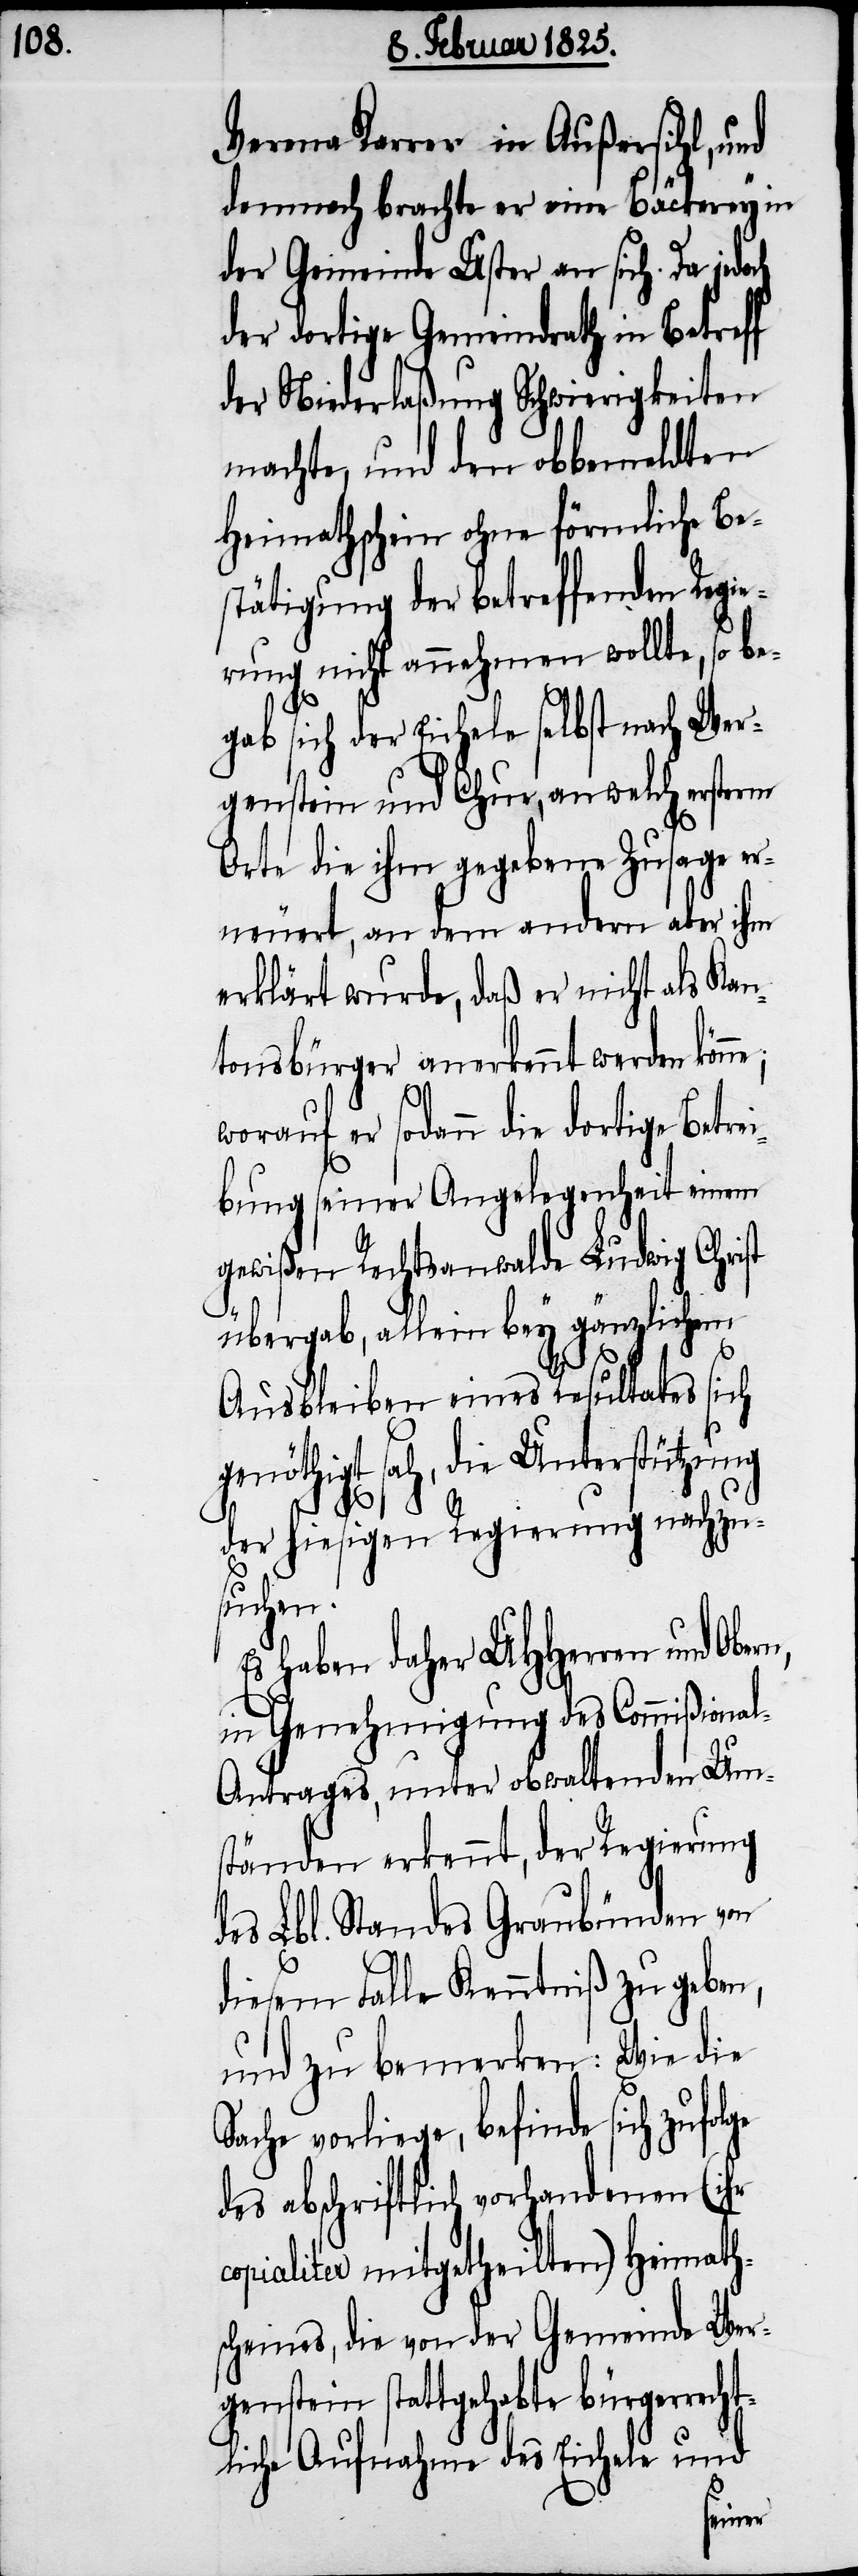
Verena Karrer in Außersihl, und
demnach brachte er eine Bäckerey in
der Gemeinde Uster an sich. Da jedo¬
der dortige Gemeindrath in Betreff
der Niederlaßung Schwierigkeiten
machte, und den obbemeldten
Heimathschein ohne förmliche Be¬
stätigung der betreffenden Regie¬
rung nicht annehmen wollte, so be¬
gab sich der Eichele selbst nach Wer¬
genstein und Chur, an welch ersterm
Orte die ihm gegebene Zusage er¬
neuert, an dem andern aber ihm
erklärt wurde, daß er nicht als Kan¬
tonsbürger anerkennt werden könne;
worauf er sodann die dortige Betrei¬
bung seiner Angelegenheit einem
gewißen Rechtsanwalde Ludwig Christ
übergab, allein bey gänzlichem
Ausbleiben eines Resultates sich
genöthigt sah, die Unterstützung
ch
der hiesigen Regierung nachzus¬
uchen.
haben daher UHHerren und
in Genehmigung des Commißiona¬
l-Antrages, unter obwaltenden Um¬
ständen erkennt, der Regierung
des Lbl. Standes Graubünden von
diesem Falle Kenntniß zu geben,
und zu bemerken: Wie die
Sache vorliege, befinde sich zufolge
des abschriftlich vorhandenen (ihr
copialiter mitgetheilten) Heimath¬
scheines, die von der Gemeinde Wer¬
genstein stattgehabte bürgerrech¬
tliche Aufnahme des Eichele und